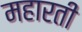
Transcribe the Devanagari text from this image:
महारती